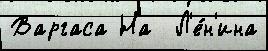
Варгаса На  Л'е́н'ина